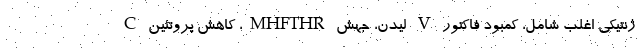
ژنتیکی اغلب شامل، کمبود فاکتور V لیدن، جهش MHFTHR، کاهش پروتئین C